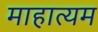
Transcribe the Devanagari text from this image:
माहात्यम